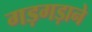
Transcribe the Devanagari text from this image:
गड़गड़ाने